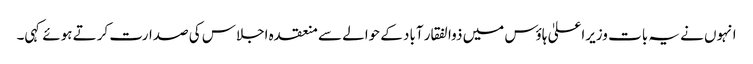
انہوں نے یہ بات وزیراعلیٰ ہاوٴس میں ذوالفقار آباد کے حوالے سے منعقدہ اجلاس کی صدارت کرتے ہوئے کہی۔